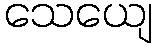
သေယျေ